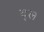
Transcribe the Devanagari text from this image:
द्ल